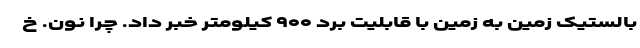
بالستیک زمین به زمین با قابلیت برد ۹۰۰ کیلومتر خبر داد. چرا نون. خ